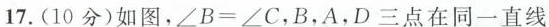
17.(10分)如图，$$∠ B = ∠ C$$，B，A，D三点在同一直线